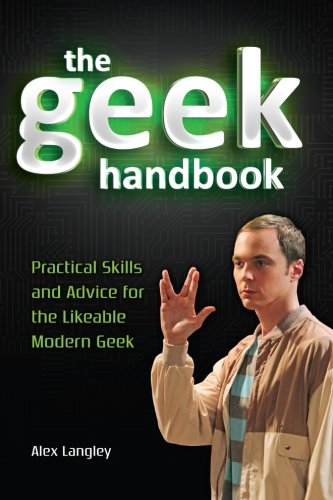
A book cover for The Geek Handbook: Practical Skills and Advice for the Likeable Modern Geek; Alex Langley; Humor & Entertainment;